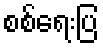
စစ်ရေးပြ